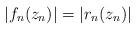
LaTeX: \begin{align*}|f_n(z_n)|=|r_n(z_n)| \end{align*}